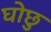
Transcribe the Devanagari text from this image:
घोछु